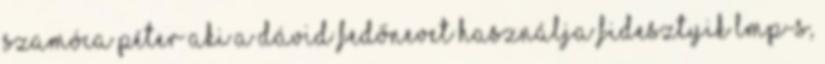
Szamóca Péter aki a Dávid fedőnevet használja fidesztyik LMP-s,